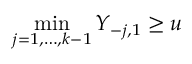
\operatorname* { m i n } _ { j = 1 , \dots , k - 1 } Y _ { - j , 1 } \geq u